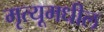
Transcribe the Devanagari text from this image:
मृत्यूमधील